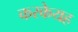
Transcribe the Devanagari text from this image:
करकेयह